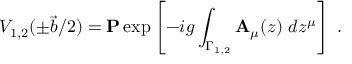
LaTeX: V _ { 1 , 2 } ( \pm \vec { b } / 2 ) = { \bf P } \exp \left[ - i g \int _ { \Gamma _ { 1 , 2 } } { \bf A } _ { \mu } ( z ) \ d z ^ { \mu } \right] ~ .